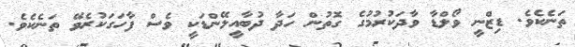
ތަނެކެވެ. ޑިޒްނީ ވޯލްޑާ ވާދަކުރުމުގެ ގޮތުން ހަދާ ދުބާއީލޭންޑަކީ ވެސް ފާހަގަކުރެވޭ ތަނެކެވެ.